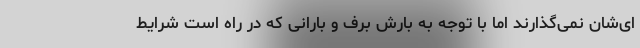
ای‌شان نمی‌گذارند اما با توجه به بارش برف و بارانی که در راه است شرایط